Report on sanitation, dispensaries, and jails in Rajputana for 1920, and on vaccination for the year 1920-1921 - 1920-1921
Year: 1920
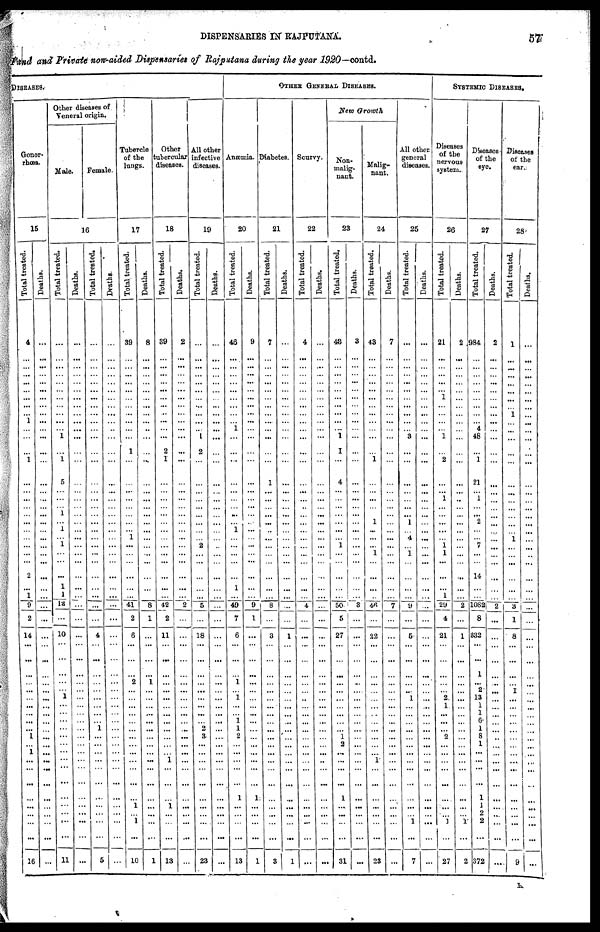
DISPENSARIES IN RAJPUTANA.
57
Fund and Private non-aided Dispensaries of Rajputana during the year 1920 —contd.
DISEASES.
Gonor-
rhœa.
15
Total treated.
4
...
...
...
...
...
...
...
...
1
...
...
...
1
...
...
...
...
...
...
...
...
...
...
...
2
...
1
9
2
14
...
...
...
...
...
...
...
...
...
...
1
...
1
...
...
...
...
...
...
...
...
16
Deaths.
...
...
...
...
...
...
...
...
...
...
...
...
...
...
...
...
...
...
...
...
...
...
...
...
...
...
...
...
...
...
...
...
...
...
...
...
...
...
...
...
...
...
...
...
...
...
...
...
...
... ...
...
...
Other diseases of
Veneral origin.
Male.
Female.
16
Total treated.
...
...
...
...
...
...
...
...
....
...
... 1
...
1
5
...
...
... 1
...
1
...
1
...
...
...
1
1
12
...
10
...
...
...
...
...
1
...
...
...
...
...
...
...
...
...
...
...
...
... ...
...
11
Deaths.
...
...
...
...
...
...
...
...
...
...
...
...
...
...
...
...
...
...
...
...
...
...
...
...
...
...
...
...
...
...
...
...
...
...
...
...
...
...
...
...
...
...
...
...
...
...
...
...
...
... ...
...
...
Total treated.
...
...
...
...
...
...
...
...
...
...
...
...
...
...
...
...
...
...
...
...
...
...
...
...
...
...
...
...
...
...
4
...
...
...
...
...
...
...
...
...
1
...
...
...
...
...
...
...
...
...
...
...
5
Deaths.
...
...
...
...
...
...
...
...
...
...
...
...
...
...
...
...
...
...
...
...
...
...
...
...
...
...
...
...
...
...
...
...
...
...
...
...
...
...
...
...
...
...
...
...
...
...
...
...
...
... ...
...
...
Tubercle
of the
lungs.
17
Total treated.
39
...
...
...
...
...
...
...
...
...
...
...
1
...
...
...
...
...
...
...
...
1
...
...
...
...
...
...
41
2
6
...
...
...
2
...
...
...
...
...
...
...
...
...
...
...
...
...
1
...
1
...
10
Deaths.
8
...
...
...
...
...
...
...
...
...
...
...
...
...
...
...
...
...
...
...
...
...
...
...
...
...
...
...
8
1
...
...
...
...
1
...
...
...
...
...
...
...
...
...
...
...
...
...
...
...
...
...
1
Other
tubercular
diseases.
18
Total treated.
39
...
...
...
...
...
...
...
...
...
...
...
2
1
...
...
...
...
...
...
...
...
...
...
...
...
...
...
42
2
11
...
...
...
...
...
...
...
...
...
...
...
...
...
1
...
...
...
1
...
...
...
13
Deaths.
2
...
...
...
...
...
...
...
...
...
...
...
...
...
...
...
...
...
...
...
...
...
...
...
...
...
...
...
2
...
...
...
...
...
...
...
...
...
...
...
...
...
...
...
...
...
...
...
...
...
...
...
...
All other
infective
diseases.
19
Total treated.
...
...
...
...
...
...
...
...
...
...
... 1
2
...
...
...
...
...
...
...
...
...
2
...
...
...
...
...
5
...
18
...
...
...
...
...
...
...
...
... 2
3
...
...
...
...
...
...
...
... ...
...
23
Deaths.
...
...
...
...
...
...
...
...
...
...
...
...
...
...
...
...
...
...
...
...
...
...
...
...
...
...
...
...
...
...
...
...
...
...
...
...
...
...
...
...
...
...
...
...
...
...
...
...
...
...
...
...
...
OTHER GENERAL DISEASES.
Anæmia.
20
Total treated.
46
...
...
...
...
...
...
...
...
...
1
...
...
...
...
...
...
...
...
...
1
...
...
...
...
...
1
...
49
7
6
...
...
...
1
...
1
...
...
1
1
2
...
...
...
...
...
1
...
...
...
...
13
Deaths.
9
...
...
...
...
...
...
...
...
...
...
...
...
...
...
...
...
...
...
...
...
...
...
...
...
...
...
...
9
1
...
...
...
...
...
...
...
...
...
...
...
...
...
...
...
...
...
1
...
...
...
...
1
Diabetes.
21
Total treated.
7
...
...
...
...
...
...
...
...
...
...
...
...
...
1
...
...
...
...
...
..
...
...
...
...
...
...
...
8
...
3
...
...
...
...
...
...
...
...
...
...
...
...
...
...
...
...
...
...
...
...
...
3
Deaths.
...
...
...
...
...
...
...
...
...
...
...
...
...
...
...
...
...
...
...
...
...
...
...
...
...
...
...
...
...
...
1
...
...
...
...
...
...
...
...
...
...
...
...
...
...
...
...
...
...
...
...
...
1
Scurvy.
22
Total treated.
4
...
...
...
...
...
...
...
...
...
...
...
...
...
...
...
...
...
...
...
...
...
...
...
...
...
...
...
4
...
...
...
...
...
...
...
...
...
...
...
...
...
...
...
...
...
...
...
...
...
...
...
...
Deaths.
...
...
...
...
...
...
...
...
...
...
...
...
...
...
...
...
...
...
...
...
...
...
...
...
...
...
...
...
...
...
...
...
...
...
...
...
...
...
...
...
...
...
...
...
..
...
...
...
...
...
...
...
...
New Growth
Non-
malig-
nant.
23
Total treated.
46
...
...
...
...
...
...
...
...
...
...
1
1
...
4
...
...
...
...
...
...
...
1
...
...
...
...
...
50
5
27
...
...
...
...
...
...
...
...
...
...
1
2
...
...
...
...
1
...
...
...
...
31
Deaths.
3
...
...
...
...
...
...
...
...
...
...
...
...
...
...
...
...
...
...
...
...
...
...
...
...
...
...
...
3
...
...
...
...
...
...
...
...
...
...
...
....
...
...
...
...
...
...
...
...
...
...
...
...
Malig-
nant.
24
Total treated.
43
...
...
...
...
...
...
...
...
...
...
...
...
1
...
...
...
...
...
1
...
...
...
1
...
...
...
...
46
...
22
...
...
...
...
...
...
...
...
...
...
...
...
...
1
...
...
...
...
...
...
...
23
Deaths.
7
...
...
...
...
...
...
...
...
...
...
...
...
...
...
...
...
...
...
...
...
...
...
...
...
...
...
...
7
...
...
...
...
...
...
...
...
...
...
...
...
...
...
...
...
...
...
...
...
...
...
...
...
All other
general
diseases.
25
Total treated.
...
...
...
...
...
...
...
...
...
...
... 3
...
...
...
...
...
...
...
1
...
4
...
1
...
...
...
...
9
...
5
...
...
...
...
...
1
...
...
...
...
...
...
...
...
...
...
...
...
... 1
...
7
Deaths.
...
...
...
...
...
...
...
...
...
...
...
...
...
...
...
...
...
...
...
...
...
...
...
...
...
...
...
...
...
...
...
...
...
...
...
...
...
...
...
...
...
...
...
...
...
...
...
...
...
...
...
...
...
SYSTEMIC DISEASES.
Diseases
of the
nervous
system.
26
Total treated.
21
...
...
...
...
... ...
...
...
...
... 1
...
2
...
...
1
...
...
...
...
...
1 1
...
...
...
1
29
4
21
...
...
...
...
...
2
1
...
...
...
2
...
...
...
...
...
...
...
... 1
...
27
Deaths.
2
...
...
...
...
...
...
...
...
...
...
...
...
...
...
...
...
...
...
...
...
...
...
...
...
...
...
...
2
...
1
...
...
...
...
...
...
...
...
...
...
...
...
...
...
...
...
...
...
...
1
...
2
Diseases¬
of the
eye.
27
Total treated.
984
...
...
...
...
...
...
...
...
... 4
48
...
1
21
...
1
...
...
2
...
...
7
...
...
14
...
...
1082
8
332
...
...
1
...
2
13
1
1
6
1
8
1
...
...
...
...
1
1
2
2
...
372
Deaths.
2
...
...
...
...
...
...
...
...
...
...
...
...
...
...
...
...
...
...
...
...
...
...
...
...
...
...
...
2
...
...
...
...
...
...
...
...
...
...
...
...
...
...
...
...
...
...
...
...
...
...
...
...
Diseases
of the
ear.
28
Total treated.
1
...
...
...
...
...
...
...
1
...
...
...
...
...
...
...
...
...
...
...
...
1
...
...
...
...
...
...
3
1
8
...
...
...
...
1
...
...
...
...
...
...
...
...
...
...
...
...
...
...
...
...
9
Deaths.
...
...
...
...
...
...
...
...
...
...
...
...
...
...
...
...
...
...
...
...
...
...
...
...
...
...
...
...
...
...
...
...
...
...
...
...
...
...
...
...
...
...
...
...
...
...
...
...
...
...
...
...
...
I